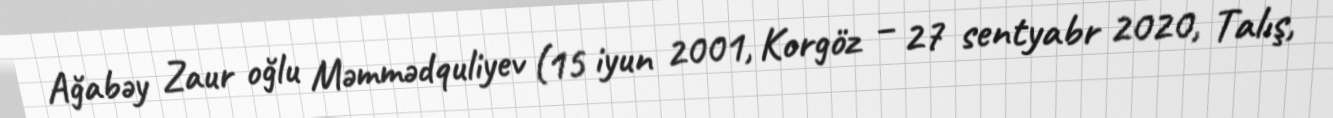
Ağabəy Zaur oğlu Məmmədquliyev (15 iyun 2001, Korgöz – 27 sentyabr 2020, Talış,